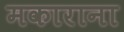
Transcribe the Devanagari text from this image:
मकाराना